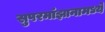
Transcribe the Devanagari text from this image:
सुपरमांझानामध्ये